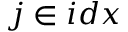
j \in i d x